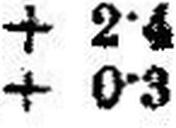
+ 0•3